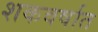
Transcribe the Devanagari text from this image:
शकवर्षात